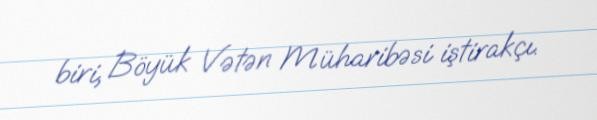
biri, Böyük Vətən Müharibəsi iştirakçı.